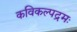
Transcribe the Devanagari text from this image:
कविकल्पद्रमः